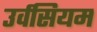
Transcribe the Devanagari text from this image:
उर्वसियम